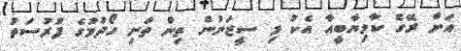
އަށް ރޭގެ ކާމިޔާބީއާ އެކު މި ސީޒަނުން ތިން ތަށި ހޯދުމުގެ ފުރުސަތު